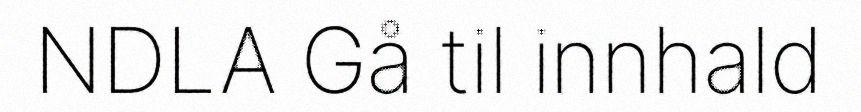
NDLA Gå til innhald